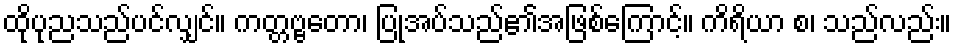
ထိုပုညသည်ပင်လျှင်။ ကတ္တဗ္ဗတော၊ ပြုအပ်သည်၏အဖြစ်ကြောင့်။ ကိရိယာ စ၊ သည်လည်း။